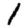
Digit: 1